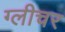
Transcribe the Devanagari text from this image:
ग्लीचर